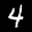
Label: 4